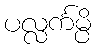
ပလ္လင်္ကမ္ပိ